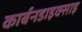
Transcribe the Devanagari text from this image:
कार्बनडाइक्साइ